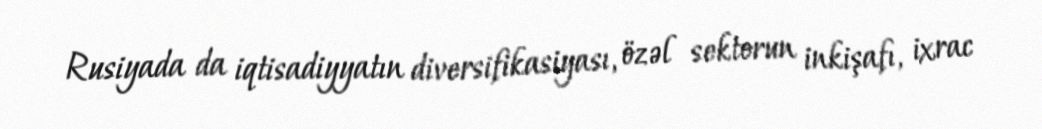
Rusiyada da iqtisadiyyatın diversifikasiyası, özəl sektorun inkişafı, ixrac